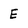
Character: E